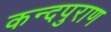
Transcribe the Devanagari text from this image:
कन्दपुराण